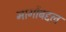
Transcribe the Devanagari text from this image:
मार्गोबद्दल